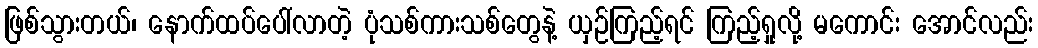
ဖြစ်သွားတယ်၊ နောက်ထပ်ပေါ်လာတဲ့ ပုံသစ်ကားသစ်တွေနဲ့ ယှဉ်ကြည့်ရင် ကြည့်ရှုလို့ မကောင်း အောင်လည်း